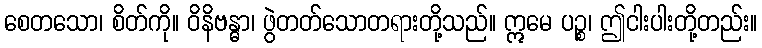
စေတသော၊ စိတ်ကို။ ဝိနိဗန္ဓာ၊ ဖွဲတတ်သောတရားတို့သည်။ ဣမေ ပဉ္စ၊ ဤငါးပါးတို့တည်း။